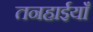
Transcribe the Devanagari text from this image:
तनहाईयाँ